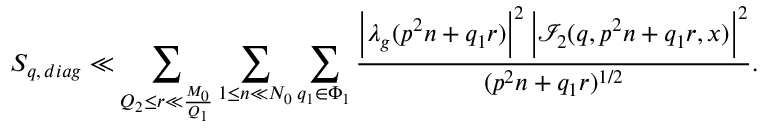
S _ { q , \, d i a g } \ll \sum _ { Q _ { 2 } \leq r \ll \frac { M _ { 0 } } { Q _ { 1 } } } \sum _ { 1 \leq n \ll N _ { 0 } } \sum _ { q _ { 1 } \in \Phi _ { 1 } } \frac { \Big | \lambda _ { g } ( p ^ { 2 } n + q _ { 1 } r ) \Big | ^ { 2 } \, \Big | \mathcal { I } _ { 2 } ( q , p ^ { 2 } n + q _ { 1 } r , x ) \Big | ^ { 2 } } { ( p ^ { 2 } n + q _ { 1 } r ) ^ { 1 / 2 } } .